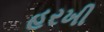
હરખી